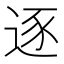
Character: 逐